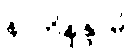
နာဘိနန္ဒာမိ